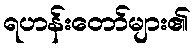
ရဟန်းတော်များ၏